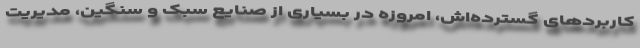
کاربردهای گسترده‌­اش، امروزه در بسیاری از صنایع سبک و سنگین، مدیریت